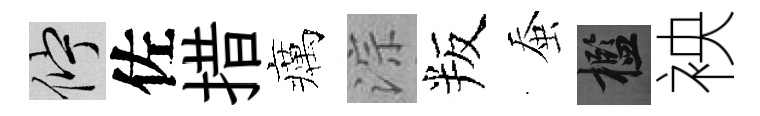
伫佐措癘淙叛蚕檻䘧